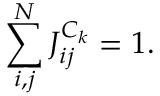
\sum _ { i , j } ^ { N } J _ { i j } ^ { C _ { k } } = 1 .